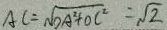
A C = \sqrt { D A ^ { 2 } + O C ^ { 2 } } = \sqrt { 2 }